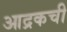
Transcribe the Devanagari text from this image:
आद्रकची